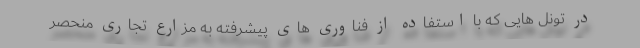
در تونل هایی که با استفاده از فناوری های پیشرفته به مزارع تجاری منحصر